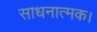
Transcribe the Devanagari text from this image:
साधनात्मक।